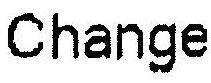
CHANGE